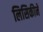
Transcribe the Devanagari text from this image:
लिसिकीने